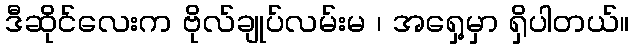
ဒီဆိုင်လေးက ဗိုလ်ချုပ်လမ်းမ ၊ အရှေ့မှာ ရှိပါတယ်။